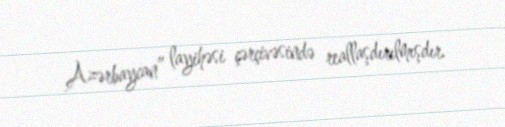
Azərbaycan” layihəsi çərçivəsində reallaşdırılmışdır.